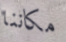
مكاننا